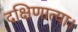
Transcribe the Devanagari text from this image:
दक्षिणात्या।